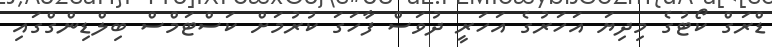
ޑްރަގް ކޯޓުގެ މިދިިޔަ އަހަރުގެ އަހަރީ ދުވަސް ފާހަގަ ކުރުމަށް ކަސްޓަމްސް ބިލްޑިންގްގައި